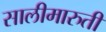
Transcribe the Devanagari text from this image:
सालीमारुती